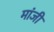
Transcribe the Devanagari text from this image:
मांजी